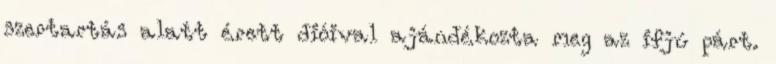
szertartás alatt érett dióival ajándékozta meg az ifjú párt.